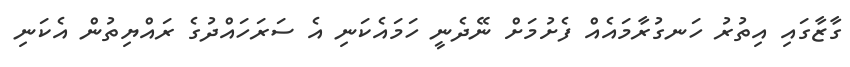
ގާޒާގައި އިތުރު ހަނގުރާމައެއް ފެށުމަށް ނޭދެނީ ހަމައެކަނި އެ ސަރަހައްދުގެ ރައްޔިތުން އެކަނި